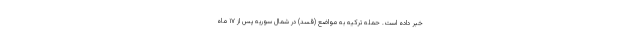
خبر داده است. حمله ترکیه به مواضع (قسد) در شمال سوریه پس از ۱۷ ماه